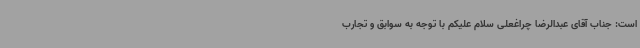
است: جناب آقای عبدالرضا چراغعلی سلام علیکم با توجه به سوابق و تجارب